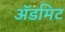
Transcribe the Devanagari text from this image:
ॲडमिट